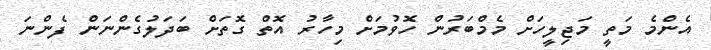
އެންމެ މަތީ މަޖިލީހަށް މެމްބަރުން ހޮވުމަށް މިހާރު އޮތް ގޮތަށް ބަދަލުގެންނަން ފެންނަ